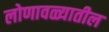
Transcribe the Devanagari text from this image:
लोणावळ्यातील